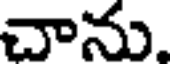
చాను.